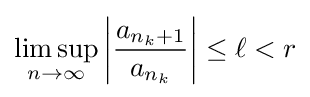
\limsup _{n\to \infty }\left|{\frac {a_{n_{k}+1}}{a_{n_{k}}}}\right|\leq \ell <r